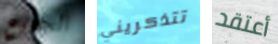
الجميع تتذكريني أعتقد